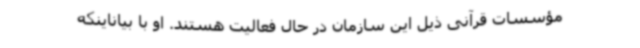
مؤسسات قرآنی ذیل این سازمان در حال فعالیت هستند. او با بیاناینکه